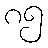
၈၅